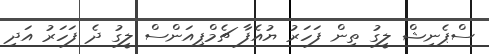
ސްޕެނިޝް ލީގު ތިން ފަހަރު ޔުއެފާ ޗެމްޕިއަންސް ލީގު ދެ ފަހަރު އަދި